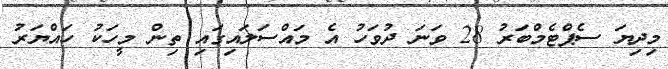
މިދިޔަ ސެޕްޓެމްބަރު 28 ވަނަ ދުވަހު އެ މައްސަލައިގައި ތިން މީހަކު ހައްޔަރު